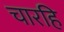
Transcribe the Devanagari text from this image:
चारहि